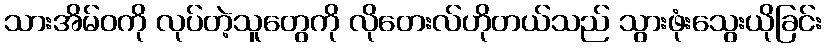
သားအိမ်ဝကို လုပ်တဲ့သူတွေကို လိုတေးလ်ဟိုတယ်သည် သွားဖုံးသွေးယိုခြင်း